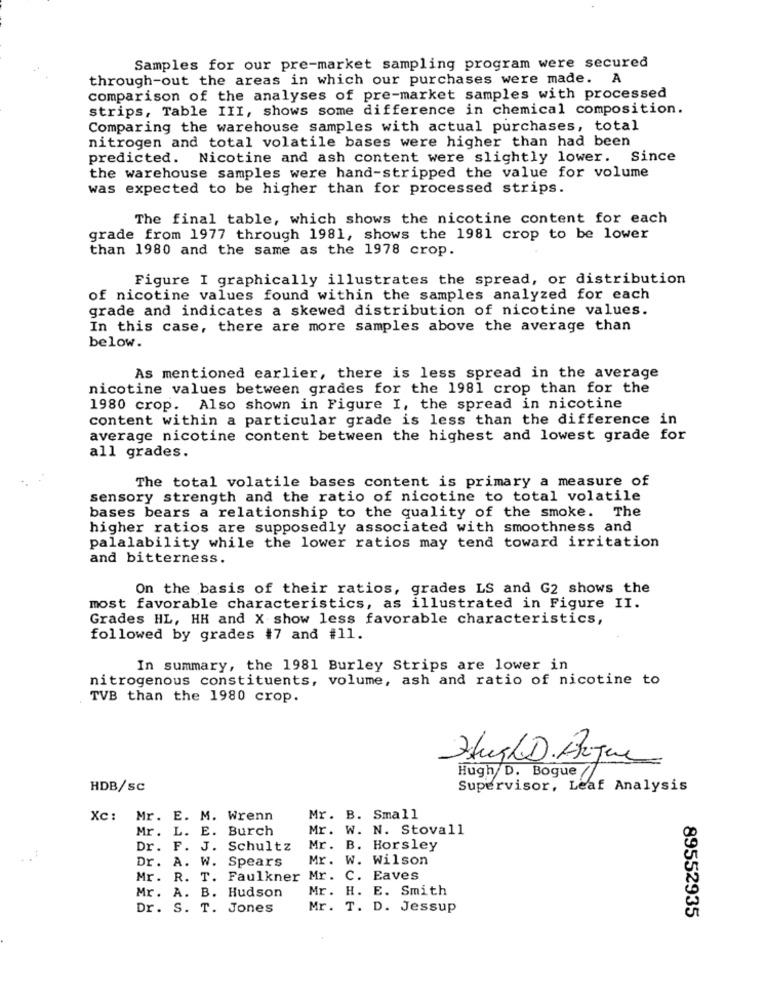
Samples for our pre-market sampling program were secured
through-out the areas in which our purchases were made. A
comparison of the analyses of pre-market samples with processed
strips, Table III, shows some difference in chemical composition.
Comparing the warehouse samples with actual purchases, total
nitrogen and total volatile bases were higher than had been
predicted. Nicotine and ash content were slightly lower. Since
the warehouse samples were hand-stripped the value for volume
was expected to be higher than for processed strips.
The final table, which shows the nicotine content for each
grade from 1977 through 1981, shows the 1981 crop to be lower
than 1980 and the same as the 1978 crop.
Figure I graphically illustrates the spread, or distribution
of nicotine values found within the samples analyzed for each
grade and indicates a skewed distribution of nicotine values.
In this case, there are more samples above the average than
below.
As mentioned earlier, there is less spread in the average
nicotine values between grades for the 1981 crop than for the
1980 crop. Also shown in Figure I, the spread in nicotine
content within a particular grade is less than the difference in
average nicotine content between the highest and lowest grade for
all grades.
The total volatile bases content is primary a measure of
sensory strength and the ratio of nicotine to total volatile
bases bears a relationship to the quality of the smoke. The
higher ratios are supposedly associated with smoothness and
palalability while the lower ratios may tend toward irritation
and bitterness.
On the basis of their ratios, grades LS and G2 shows the
most favorable characteristics, as illustrated in Figure II.
Grades HL, HH and X show less favorable characteristics,
followed by grades #7 and #11.
In summary, the 1981 Burley Strips are lower in
nitrogenous constituents, volume, ash and ratio of nicotine to
TVB than the 1980 crop.
Hugh D. Argue
Hugh/ D. Bogue /1
HDB/sc
Supervisor, Leaf Analysis
Xc: Mr. E. M. Wrenn
Mr. B. Small
Mr. L. E. Burch
Mr. W. N. Stovall
Dr. F. J. Schultz
Mr. B. Horsley
Dr. A. W. Spears
Mr. W. Wilson
Mr. R. T. Faulkner Mr. C. Eaves
Mr. A. B. Hudson
Mr. H. E. Smith
Dr. S. T. Jones
Mr. T. D. Jessup
89552935